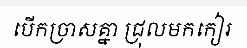
បើកច្រាសគ្នា ជ្រុលមកកៀរ